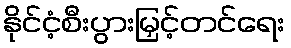
နိုင်ငံ့စီးပွားမြှင့်တင်ရေး